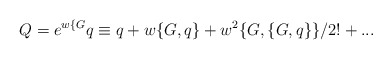
\begin{align*}Q= e^{w\{G} q \equiv q +w \{G,q\} + w^2 \{G,\{G,q\}\}/2!+...\end{align*}